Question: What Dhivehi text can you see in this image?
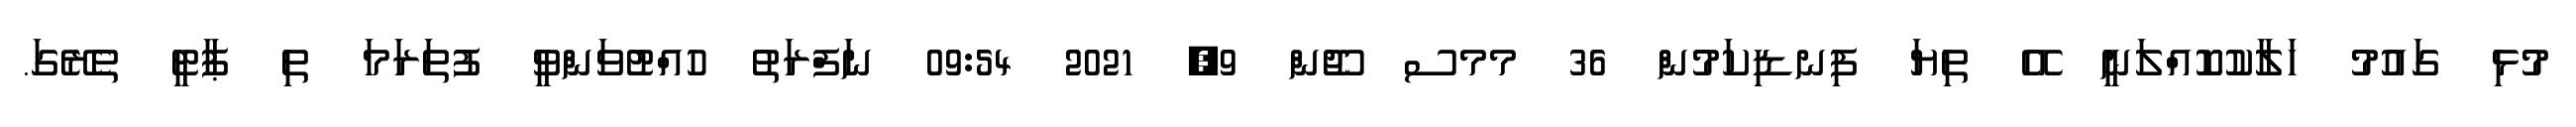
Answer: މުޅި ގައުމު ހަލާކުކޮއްލަނީ އޭ ތިޔަ ފިނޑިކަމުން 36 މމސ ޖޫން 9, 2021 09:54 ނަފްރަތު ހުއްޓުވަންވީ ފުތަރަމަ ތި ޕާޓީ ތެރޭގަ.